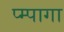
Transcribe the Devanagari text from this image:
प्म्पागा